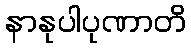
နာနုပါပုဏာတိ